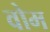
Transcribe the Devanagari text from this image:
वोम